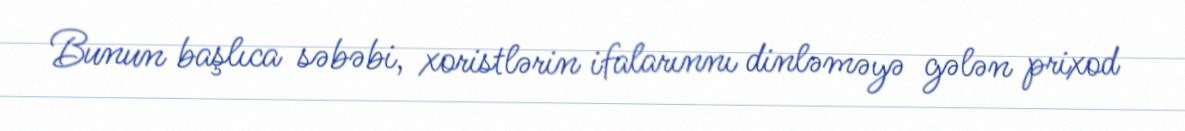
Bunun başlıca səbəbi, xoristlərin ifalarınnı dinləməyə gələn prixod